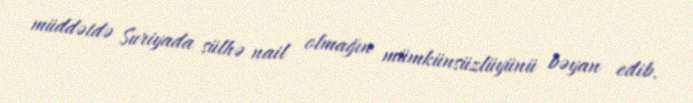
müddətdə Suriyada sülhə nail olmağın mümkünsüzlüyünü bəyan edib.